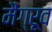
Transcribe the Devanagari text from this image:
मैंग्रूव